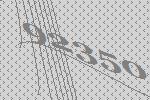
92350